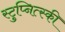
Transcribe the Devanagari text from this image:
स्टुप्नित्स्की